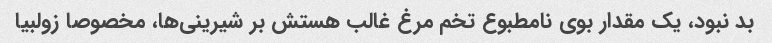
بد نبود، یک مقدار بوی نامطبوع تخم مرغ غالب هستش بر شیرینی‌ها، مخصوصا زولبیا